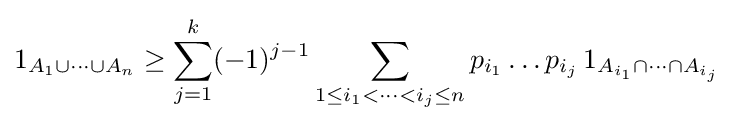
1_{A_{1}\cup \cdots \cup A_{n}}\geq \sum _{j=1}^{k}(-1)^{j-1}\sum _{1\leq i_{1}<\cdots <i_{j}\leq n}p_{i_{1}}\dots p_{i_{j}}\,1_{A_{i_{1}}\cap \cdots \cap A_{i_{j}}}